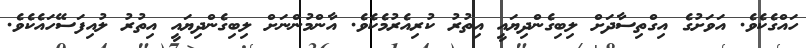
ހައްގެކެވެ. އަވަށުގެ އިގްތިސާދަށް ލިބިގެންދިޔައީ އިތުރު ކުރިއެރުމެކެވެ. އާންމުންނަށް ލިބިގެންދިޔައީ އިތުރު ލުއިފަސޭހައެކެވެ.